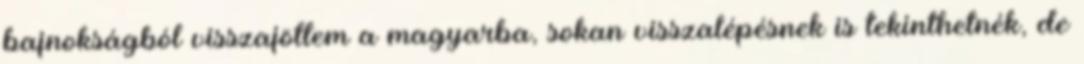
bajnokságból visszajöttem a magyarba, sokan visszalépésnek is tekinthetnék, de